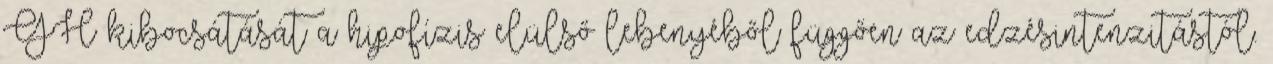
GH kibocsátását a hipofízis elülső lebenyéből függően az edzésintenzitástól.